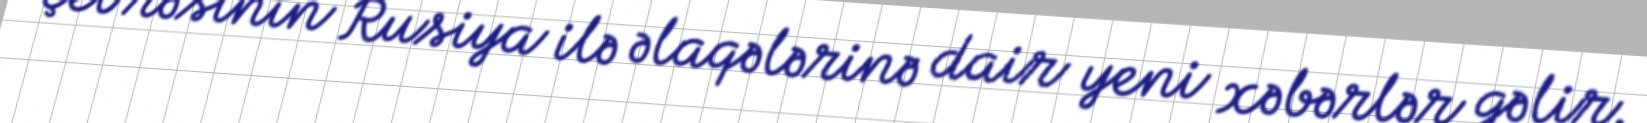
çevrəsinin Rusiya ilə əlaqələrinə dair yeni xəbərlər gəlir.